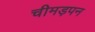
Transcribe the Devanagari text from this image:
चीमड़पन